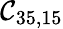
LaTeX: \mathcal{C}_{35,15}